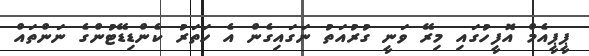
ޕީޕީއެމް އޮފީހުގައި މިރޭ ވަނީ ގުރުއަތު ނަގައިގެން އެ ހަތަރު ކެންޑިޑޭޓުންގެ ނަންތައް